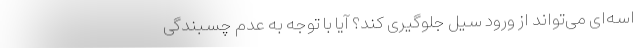
اسه‌ای می‌تواند از ورود سیل جلوگیری کند؟ آیا با توجه به عدم چسبندگی